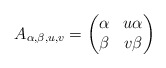
\begin{align*}A_{\alpha,\beta,u,v} = \begin{pmatrix}\alpha & u\alpha \\\beta & v\beta\end{pmatrix}\end{align*}